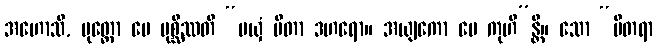
အဟောသိ, ပုတ္တော မေ ပုစ္ဆိဿတိ “မယှံ ပိတာ ဒဟရော။ အယျကော မေ ကုဟိ”န္တိ။ သော “ပိတရာ